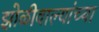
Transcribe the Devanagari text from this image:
झोळीवाल्यांच्या